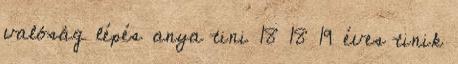
valóság lépés anya tini 18 18 19 éves tinik